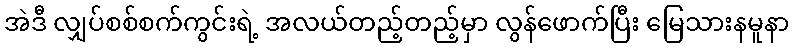
အဲဒီ လျှပ်စစ်စက်ကွင်းရဲ့ အလယ်တည့်တည့်မှာ လွန်ဖောက်ပြီး မြေသားနမူနာ